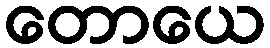
တောယေ